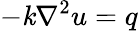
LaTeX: -\mathit{k}\nabla^{2}u=q